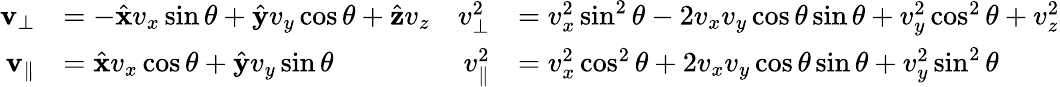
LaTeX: \begin{array}{rlrl}{\mathbf{v}_{\perp}}&{=-\hat{\mathbf{x}}v_{x}\sin\theta+\hat{\mathbf{y}}v_{y}\cos\theta+\hat{\mathbf{z}}v_{z}}&{v_{\perp}^{2}}&{=v_{x}^{2}\sin^{2}\theta-2v_{x}v_{y}\cos\theta\sin\theta+v_{y}^{2}\cos^{2}\theta+v_{z}^{2}}\\ {\mathbf{v}_{\| }}&{=\hat{\mathbf{x}}v_{x}\cos\theta+\hat{\mathbf{y}}v_{y}\sin\theta}&{v_{\| }^{2}}&{=v_{x}^{2}\cos^{2}\theta+2v_{x}v_{y}\cos\theta\sin\theta+v_{y}^{2}\sin^{2}\theta}\end{array}